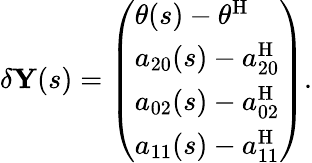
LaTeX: \delta\mathbf{Y}(s)=\left(\begin{array}{l}{\theta(s)-\theta^{\mathrm{H}}}\\ {a_{20}(s)-a_{20}^{\mathrm{H}}}\\ {a_{02}(s)-a_{02}^{\mathrm{H}}}\\ {a_{11}(s)-a_{11}^{\mathrm{H}}}\end{array}\right).